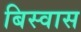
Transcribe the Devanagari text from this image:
बिस्‍वास